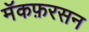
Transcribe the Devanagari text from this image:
मॅकफ़रसन